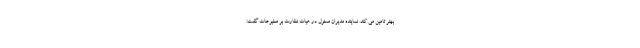
بهتر تامین می کند. نماینده مدیران مسئول در هیات نظارت بر مطبوعات گفت: